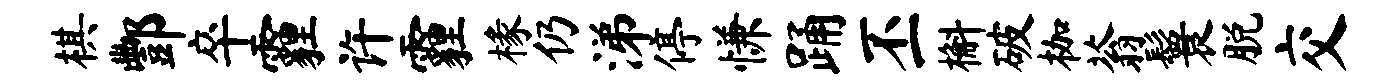
棋酆卒霾许霾椽仍涕停慊踊丕槲破枷蓊鬟脱交